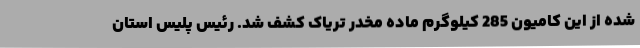
شده از این کامیون 285 کیلوگرم ماده مخدر تریاک کشف شد. رئیس پلیس استان